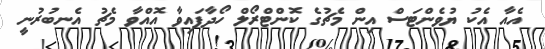
އެއާ އެކު ޔުވެންޓަސް އިން މެޗުގެ ކޮންޓްރޯލް ހޯދާފައިވާ އޮއްވާ މެޗު އެނބުރުނީ